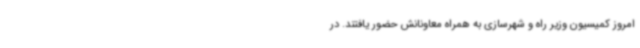
امروز کمیسیون وزیر راه و شهرسازی به همراه معاونانش حضور یافتند. در